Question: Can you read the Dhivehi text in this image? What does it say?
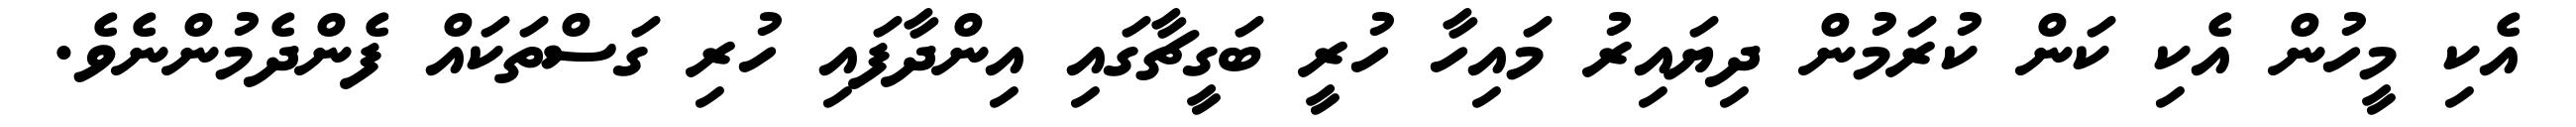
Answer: އެކި މީހުން އެކި ކަން ކުރަމުން ދިޔައިރު މައިހާ ހުރީ ބަގީޗާގައި އިންދާފައި ހުރި ގަސްތަކައް ފެންދެމުންނެވެ.